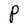
Character: P